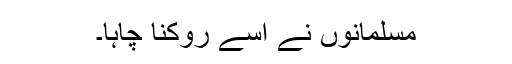
مسلمانوں نے اسے روکنا چاہا۔